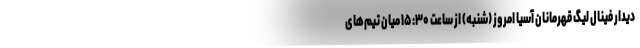
دیدار فینال لیگ قهرمانان آسیا امروز (شنبه) از ساعت ۱۵:۳۰ میان تیم‌های